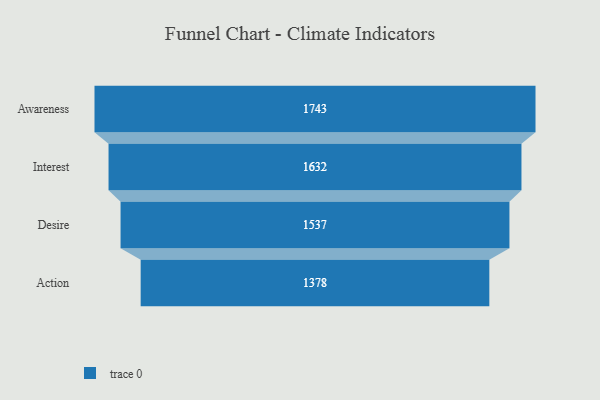
{"axis": {"x": "Stage", "y": "Value"}, "legend": [""], "data": [{"x": "Awareness", "y": 1743.0, "type": ""}, {"x": "Interest", "y": 1632.0, "type": ""}, {"x": "Desire", "y": 1537.0, "type": ""}, {"x": "Action", "y": 1378.0, "type": ""}]}